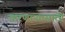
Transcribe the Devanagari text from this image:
करणाऱ्यासाठी